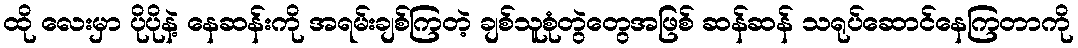
ထို လေးမှာ ပိုပိုနဲ့ နေဆန်းကို အရမ်းချစ်ကြတဲ့ ချစ်သူစုံတွဲတွေအဖြစ် ဆန်ဆန် သရုပ်ဆောင်နေကြတာကို